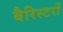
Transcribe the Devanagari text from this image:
बैरिस्टरों